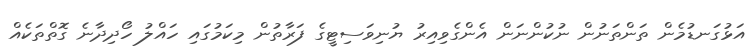
އަޅުގަނޑުމެން ތަންތަނުން ނުކުންނަން އެންގެވިއިރު ޔުނިވަސިޓީގެ ފަރާތުން މިކަމުގައި ހައްލު ހޯދިދާނެ ގޮތްތަކެއް